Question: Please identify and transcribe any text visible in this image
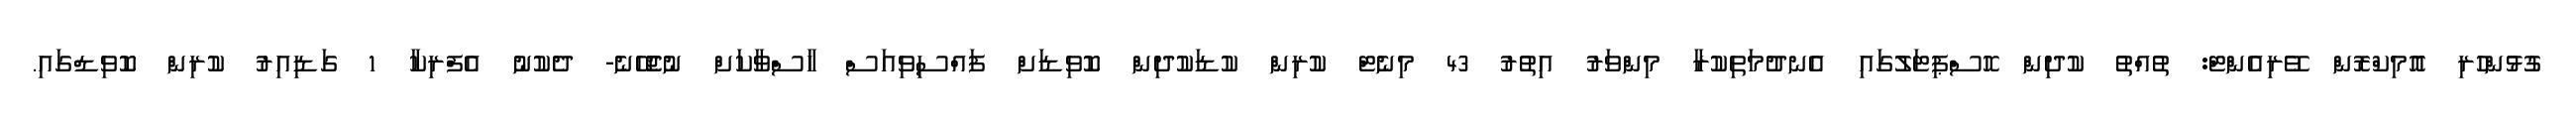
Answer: ގުޅުންހުރި އޮމިކްރޮން ވޭރިއެންޓް: ތުއްތު ކުދިން ހޮސްޕިޓަލުގައި އެނދުމަތިކުރާ މިންވަރު އިތުރު 43 މިނެޓް ކުރިން ކުޑަކުދިން ކޮވިޑަށް ފައްސިވިއަސް ހާސްވާކަށް ނުޖެހޭނެ- ދެކުނު އެފްރިކާ 1 ގަޑިއިރު ކުރިން ކޮވިޑްގައި.